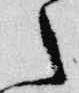
之